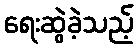
ရေးဆွဲခဲ့သည့်